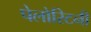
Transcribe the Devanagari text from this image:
पेलोरिटनी